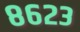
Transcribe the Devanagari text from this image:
८६२३